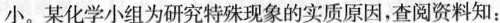
小。某化学小组为研究特殊现象的实质原因，查阅资料知：